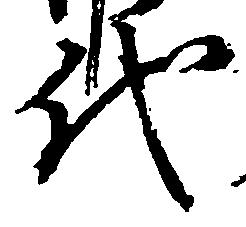
代